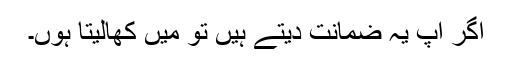
اگر آپ یہ ضمانت دیتے ہیں تو میں کھالیتا ہوں۔